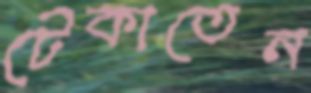
টেকাতেন